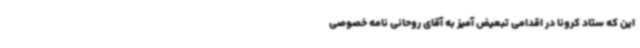
این که ستاد کرونا در اقدامی تبعیض آمیز به آقای روحانی نامه خصوصی